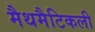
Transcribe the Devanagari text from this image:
मैथमैटिकली